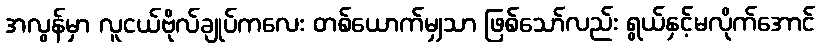
အလွန်မှာ လူငယ်ဗိုလ်ချုပ်ကလေး တစ်ယောက်မျှသာ ဖြစ်သော်လည်း ရွယ်နှင့်မလိုက်အောင်